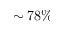
\sim 7 8 \%